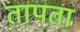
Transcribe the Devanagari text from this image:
तापता